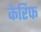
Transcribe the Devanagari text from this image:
केरिफ